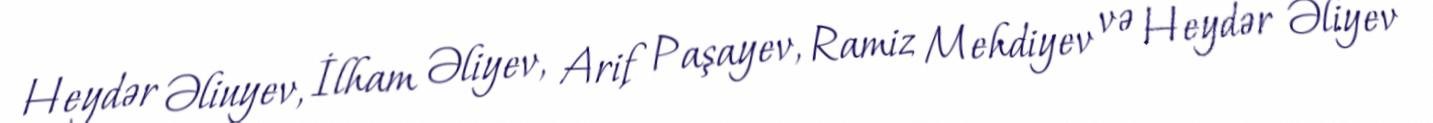
Heydər Əliuyev, İlham Əliyev, Arif Paşayev, Ramiz Mehdiyev və Heydər Əliyev